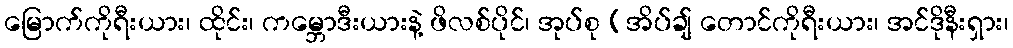
မြောက်ကိုရီးယား၊ ထိုင်း၊ ကမ္ဘောဒီးယားနဲ့ ဖိလစ်ပိုင်၊ အုပ်စု (အိပ်ချ် တောင်ကိုရီးယား၊ အင်ဒိုနီးရှား၊